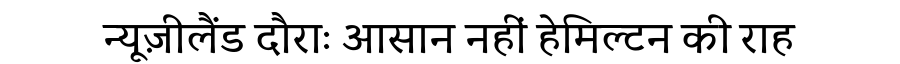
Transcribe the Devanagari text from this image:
न्यूज़ीलैंड दौराः आसान नहीं हेमिल्टन की राह